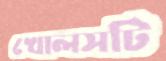
খোলসটি